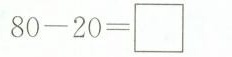
$$8 0 - 2 0 = \Box$$